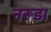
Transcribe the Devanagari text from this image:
नरूडा